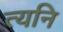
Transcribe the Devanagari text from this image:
त्यनि